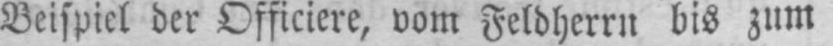
Beispiel der Officiere, vom Feldherrn bis zum